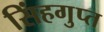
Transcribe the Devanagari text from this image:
सिंहगुप्त